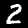
Digit: 2